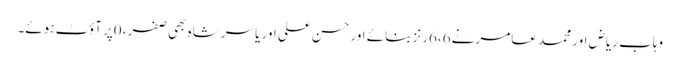
وہاب ریاض اور محمد عامر نے6،6رنز بنائے اور حسن علی اور یاسر شاہ بھی صفر ،0پر آؤٹ ہوئے۔